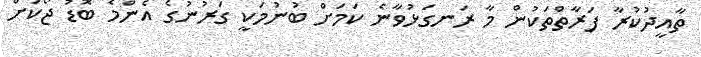
ތާއީދުކުރާ ފަރާތްތަކުން މާ ރަނގަޅުވާނެ ކަމަށް ބުނުމަކީ ގަރުނުގެ އެންމެ ބޮޑު ޖޯކަށް